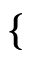
\{